Report of the Imperial Institute of Veterinary Research, Muktesar
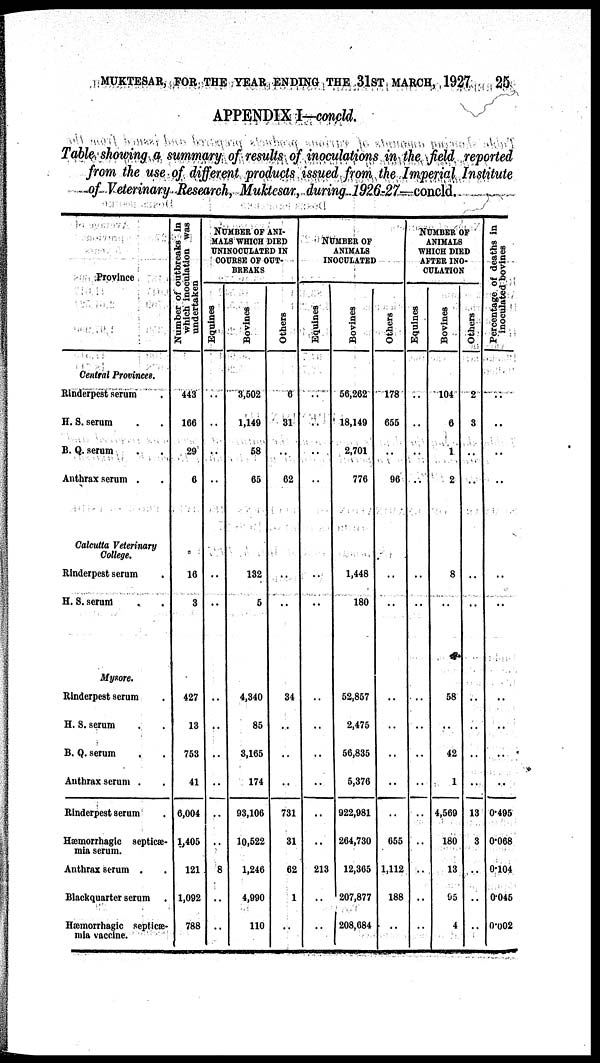
MUKTESAR, FOR THE YEAR ENDING THE 31ST MARCH, 1927 25
APPENDIX I-concld.
Table showing a summary of results of inoculations in the field reported
from the use of different products issued from the Imperial Institute
of Veterinary Research, Muktesar, during 1926-27—concld.
Province
Central Provinces.
Rinderpest serum
H. S. serum
B. Q. serum
Anthrax serum .
Calcutta Veterinary
College.
Rinderpest serum
H. S. serum
Mysore.
Rinderpest serum
H. S. serum
B. Q. serum
Anthrax serum .
Rinderpest serum
Hæmorrhagic septicæ-
mia serum.
Anthrax serum
Blackquarter serum .
Hæmorrhagic septicæ-
mia Vaccine.
Number of outbreaks in
which
Inoculation was
undertaken
443
166
29
6
16
3
427
13
753
41
6,004
1,405
121
1,092
788
NUMBER OF ANI-
MALS WHICH DIED
UNINOCULATED IN
COURSE OF OUT-
BREAKS
Equines
..
..
..
..
..
..
..
..
..
..
..
..
8
..
..
Bovines
3,502
1,149
58
65
132
5
4,340
85
3,165
174
93,106
10,522
1,246
4,990
110
Others
6
31
..
62
..
..
34
..
..
..
731
31
62
1
..
NUMBER OF
ANIMALS
INOCULATED
Equines
..
..
..
..
..
..
..
..
..
..
..
213
..
..
Bovines
56,262
18,149
2,701
776
1,448
180
52,857
2,475
56,835
5,376
922,981
264,730
12,365
207,877
208,684
Others
178
655
..
96
..
..
..
..
..
..
655
1,112
188
..
NUMBER OF
ANIMALS
WHICH DIED
AFTER INO-
CULATION
Equines
..
..
..
..
..
..
..
..
..
..
..
..
..
Bovines
104
6
1
2
8
58
..
42
1
4,569
180
13
95
4
Others
2
3
..
..
..
..
..
..
..
13
3
..
..
..
P ercentage of deaths in
inoculated bovines
..
..
..
..
..
..
..
..
..
..
0.495
0.068
0.104
0.045
0.002